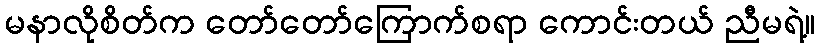
မနာလိုစိတ်က တော်တော်ကြောက်စရာ ကောင်းတယ် ညီမရဲ့။